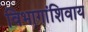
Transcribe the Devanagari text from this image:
विभागांशिवाय